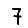
Digit: 7